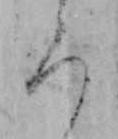
ろ